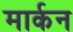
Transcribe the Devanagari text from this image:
मार्कन